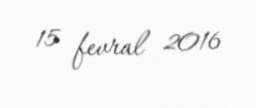
15 fevral 2016